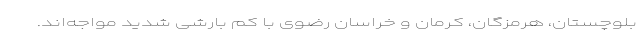
بلوچستان، هرمزگان، کرمان و خراسان رضوی با کم بارشی شدید مواجه‌اند.